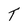
Character: T